Lunatic asylums in Bengal annual reports 1912-1924 - 1912-1924
Year: 1912
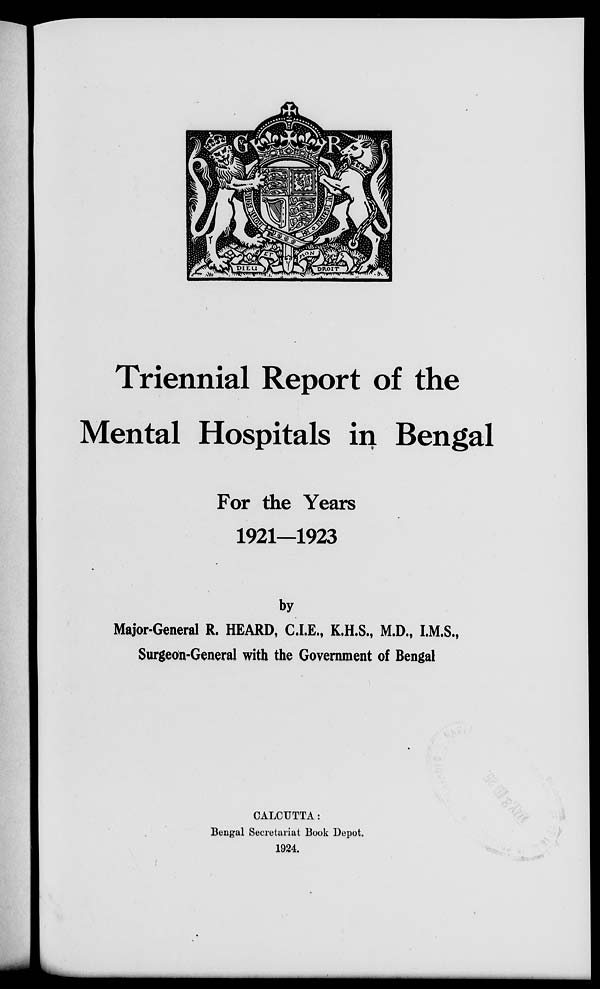
Triennial Report of the
Mental Hospitals in Bengal
For the Years
1921—1923
by
Major-General R. HEARD, C.I.E., K.H.S., M.D., I.M.S.,
Surgeon-General with the Government of Bengal
CALCUTTA:
Bengal Secretariat Book Depot.
1924.